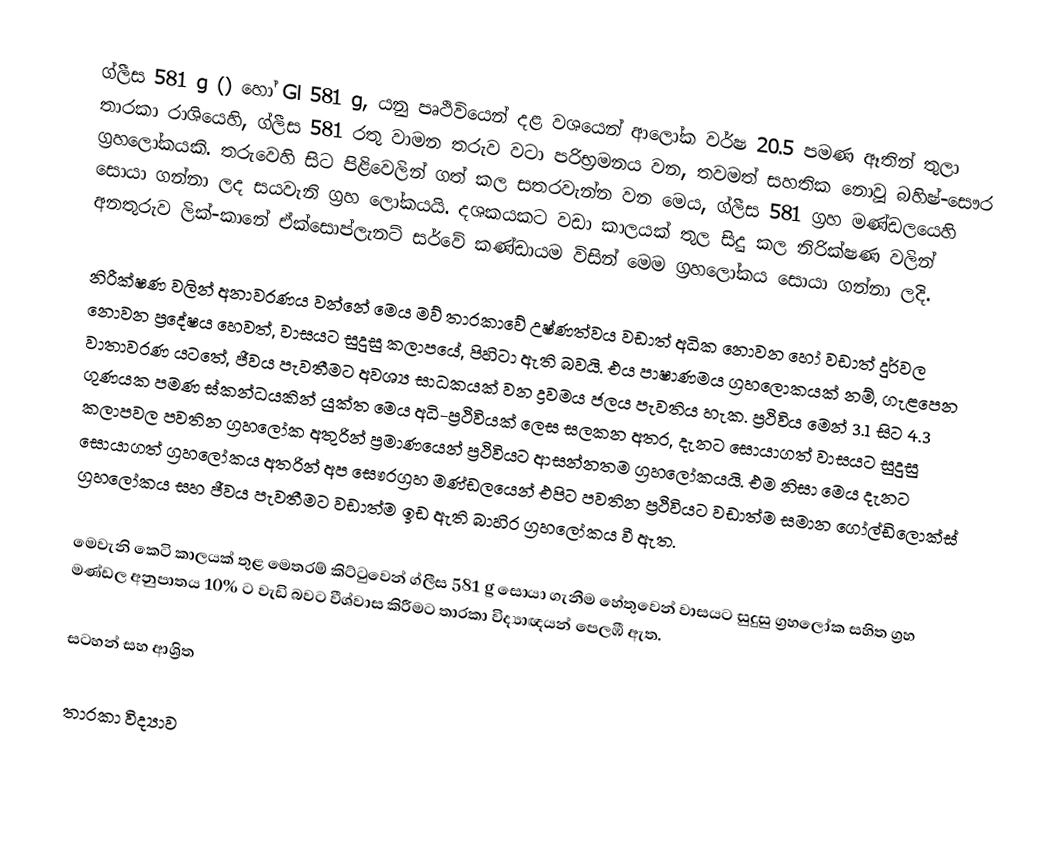
ග්ලීස 581 g () හෝ Gl 581 g,  යනු පෘථිවියෙන් දළ වශයෙන්  ආලෝක වර්ෂ 20.5 පමණ ඈතින්  තුලා තාරකා රාශියෙහි, ග්ලීස 581 රතු වාමන තරුව වටා පරිභ්‍රමනය වන, තවමත් සහතික නොවූ බහිෂ්-සෞර ග්‍රහලෝකයකි. තරුවෙහි සිට පිළිවෙලින් ගත් කල සතරවැන්න වන මෙය,  ග්ලීස 581 ග්‍රහ මණ්ඩලයෙහි සොයා ගන්නා ලද සයවැනි ග්‍රහ ලෝකයයි.  දශකයකට වඩා කාලයක් තුල සිදු කල නිරික්ෂණ වලින් අනතුරුව ලික්-කානේ ඒක්සොප්ලැනට් සර්වේ කණ්ඩායම විසින් මෙම ග්‍රහලෝකය සොයා ගන්නා ලදි.

නිරීක්ෂණ වලින් අනාවරණය වන්නේ මෙය මව් තාරකාවේ උෂ්ණත්වය වඩාත් අධික නොවන හෝ වඩාත් දුර්වල නොවන ප්‍රදේෂය හෙවත්,  වාසයට සුදුසු කලාපයේ, පිහිටා ඇති බවයි. එය පාෂාණමය ග්‍රහලොකයක් නම්, ගැළපෙන වාතාවරණ යටතේ, ජීවය පැවතීමට අවශ්‍ය සාධකයක් වන ද්‍රවමය ජලය පැවතිය හැක. ප්‍රථිවිය මෙන් 3.1 සිට 4.3 ගුණයක පමණ ස්කන්ධයකින් යුක්ත මෙය අධි-ප්‍රථිවියක් ලෙස සලකන අතර, දැනට සොයාගත් වාසයට සුදුසු කලාපවල පවතින ග්‍රහලෝක අතුරින් ප්‍රමාණයෙන් ප්‍රථිවියට ආසන්නතම ග්‍රහලෝකයයි. ‍එම නිසා මෙය දැනට සොයාගත් ග්‍රහලෝකය අතරින් අප සෞරග්‍රහ මණ්ඩලයෙන් එපිට පවතින ප්‍රථිවියට වඩාත්ම සමාන ගෝල්ඩිලොක්ස් ග්‍රහලෝකය සහ ජීවය පැවතීමට වඩාත්ම ඉඩ ඇති  බාහිර ග්‍රහලෝකය වී ඇත.

මෙවැනි කෙටි කාලයක් තුළ මෙතරම් කිට්ටුවෙන් ග්ලීස 581 g සොයා ගැනීම හේතුවෙන් වාසයට සුදුසු ග්‍රහලෝක සහිත ග්‍රහ මණ්ඩල අනුපාතය 10% ට වැඩි බවට වීශ්වාස කිරීමට තාරකා විද්‍යාඥයන් පෙලඹී ඇත.

සටහන් සහ ආශ්‍රිත

තාරකා විද්‍යාව